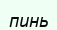
пинь